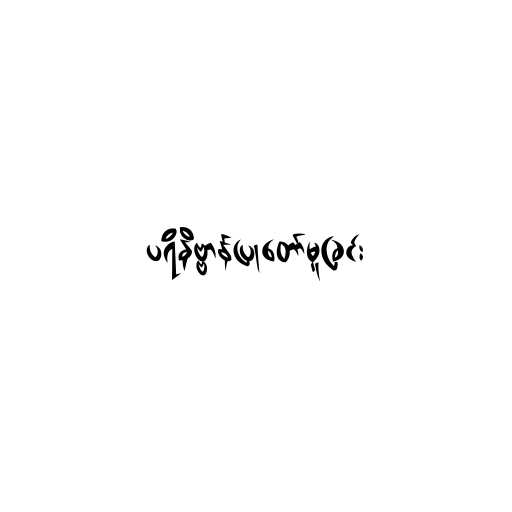
ပရိနိဗ္ဗာန်ပြုတော်မူခြင်း